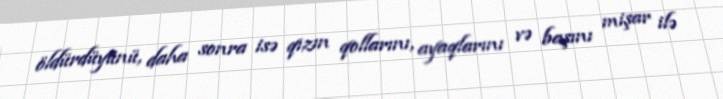
öldürdüyünü, daha sonra isə qızın qollarını, ayaqlarını və başını mişar ilə